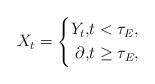
LaTeX: \begin{align*} X_{t}=\left\{ \begin{aligned} Y_{t}, &t<\tau_{E}, \\ \partial,&t\ge \tau_{E}, \end{aligned} \right. \end{align*}